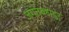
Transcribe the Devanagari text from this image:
जगतबहादुर